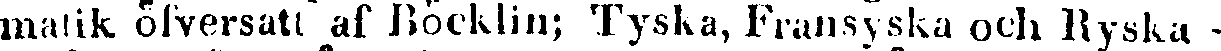
matik öfversatt af Böcklin; Tyska, Fransyska och Ryska -